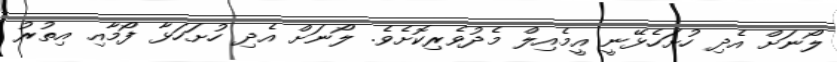
ލޯނަށް އެދި ހުށަހެޅޭނީ އީމެއިލް މެދުވެރިކޮށެވެ. ލޯނަށް އެދި ހުށަހަޅާ ފޯމާއި އިތުރު